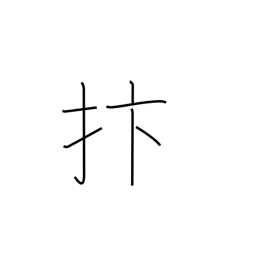
Meaning: strike with hand